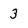
Character: 3